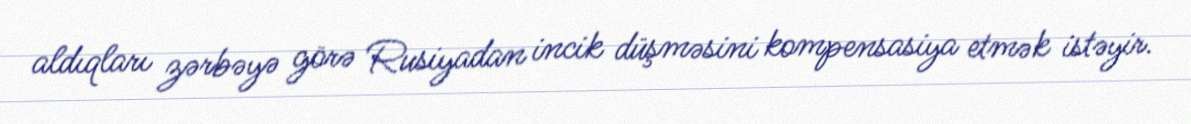
aldıqları zərbəyə görə Rusiyadan incik düşməsini kompensasiya etmək istəyir.